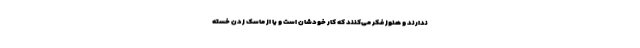
ندارند و هنوز فکر می‌کنند که کار خودشان است و یا از ماسک زدن خسته